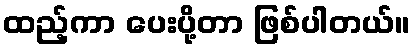
ထည့်ကာ ပေးပို့တာ ဖြစ်ပါတယ်။